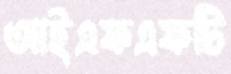
আইএফএফটি